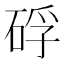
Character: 𥒫